Annual report of the Punjab Veterinary College and of the Civil Veterinary Department, Punjab - 1909-1919
Year: 1909
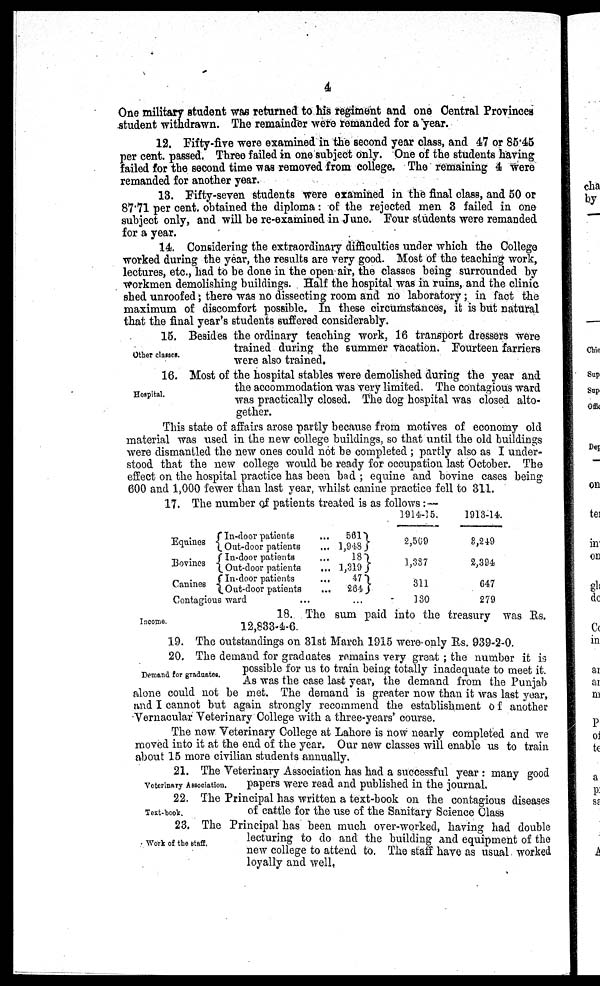
4
One military student was returned to his regiment and one Central Provinces
student withdrawn. The remainder were remanded for a year.
12. Fifty-five were examined in the second year class, and 47 or 85.45
per cent. passed. Three failed in one subject only. One of the students having
failed for the second time was removed from college. The remaining 4 were
remanded for another year.
13. Fifty-seven students were examined in the final class, and 50 or
87.71 per cent. obtained the diploma: of the rejected men 3 failed in one
subject only, and will be re-examined in June. Four students were remanded
for a year.
14. Considering the extraordinary difficulties under which the College
worked during the year, the results are very good. Most of the teaching work,
lectures, etc., had to be done in the open air, the classes being surrounded by
workmen demolishing buildings. Half the hospital was in ruins, and the clinic
shed unroofed; there was no dissecting room and no laboratory; in fact the
maximum of discomfort possible. In these circumstances, it is but natural
that the final year's students suffered considerably.
Other classes.
15. Besides the ordinary teaching work, 16 transport dressers were
trained during the summer vacation. Fourteen farriers
were also trained.
Hospital.
16. Most of the hospital stables were demolished during the year and
the accommodation was very limited. The contagious ward
was practically closed. The dog hospital was closed alto-
gether.
This state of affairs arose partly because from motives of economy old
material was used in the new college buildings, so that until the old buildings
were dismantled the new ones could not be completed; partly also as I under-
stood that the new college would be ready for occupation last October. The
effect on the hospital practice has been bad; equine and bovine cases being
600 and 1,000 fewer than last year, whilst canine practice fell to 311.
17. The number of patients treated is as follows:—
Equines
Bovines
Canines
In-door patients ...
Out-door patients ...
In-door patients ...
out-door patients ...
In-door patients ...
Out-door patients ...
Contagious ward ...
561
1,948
18
1,319
47
264
...
1914-15.
2,509
1,337
311
130
1913-14.
3,249
2,394
67
279
Income.
18. The sum paid into the treasury was Rs.
12,833-4-6.
19. The outstandings on 31st March 1915 were only Rs. 939-2-0.
Demand for graduntes.
20. The demand for graduates remains very great; the number it is
possible for us to train being totally inadequate to meet it.
As was the case last year, the demand from the Punjab
alone could not be met. The demand is greater now than it was last year,
and I cannot but again strongly recommend the establishment of another
Vernacular Veterinary College with a three-years' course.
The new Veterinary College at Lahore is now nearly completed and we
moved into it at the end of the year. Our new classes will enable us to train
about 15 more civilian students annually.
Veterinary Association.
21. The Veterinary Association has had a successful year: many good
papers were read and published in the journal.
Text-boot.
22. The Principal has written a text-book on the contagious diseases
of cattle for the use of the Sanitary Science Class
Work of the staff.
23. The Principal has been much over-worked, having had double
lecturing to do and the building and equipment of the
new college to attend to. The staff have as usual worked
loyally and well.